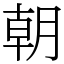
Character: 朝